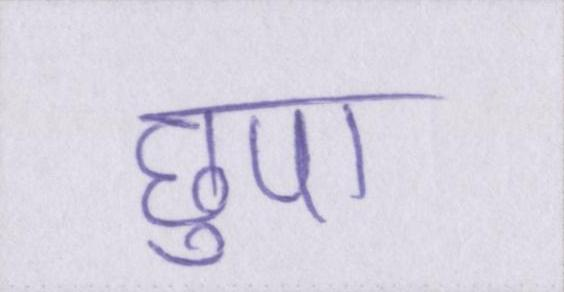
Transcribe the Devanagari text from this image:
छुपा